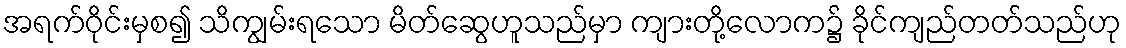
အရက်ဝိုင်းမှစ၍ သိကျွမ်းရသော မိတ်ဆွေဟူသည်မှာ ကျားတို့လောက၌ ခိုင်ကျည်တတ်သည်ဟု